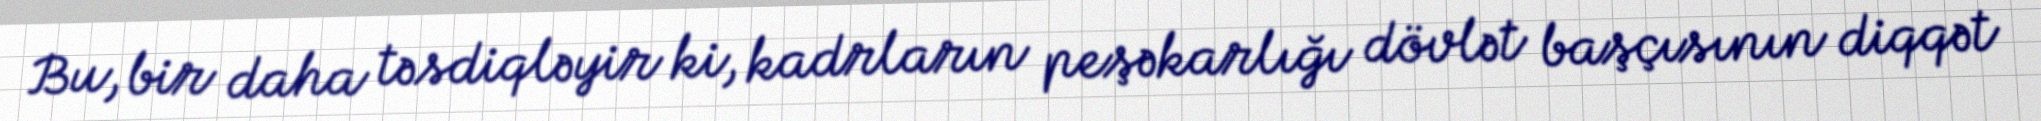
Bu, bir daha təsdiqləyir ki, kadrların peşəkarlığı dövlət başçısının diqqət